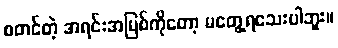
စတင်တဲ့ အရင်းအမြစ်ကိုတော့ မတွေ့ရသေးပါဘူး။